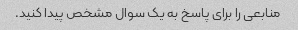
منابعی را برای پاسخ به یک سوال مشخص پیدا کنید.